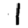
Digit: 1